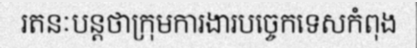
រតនៈបន្តថាក្រុមការងារបច្ចេកទេសកំពុង